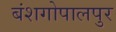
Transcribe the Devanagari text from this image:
बंशगोपालपुर